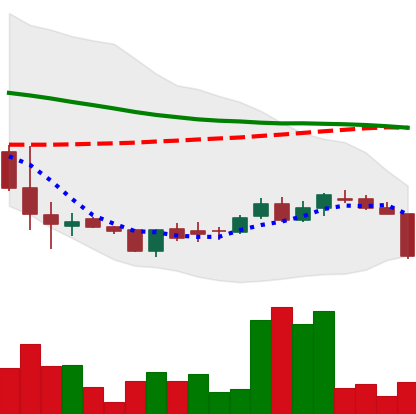
Ticker: DOGE-USD
Chart end date: 2018-06-10
Forward return: -8.831%
Label: down_7plus